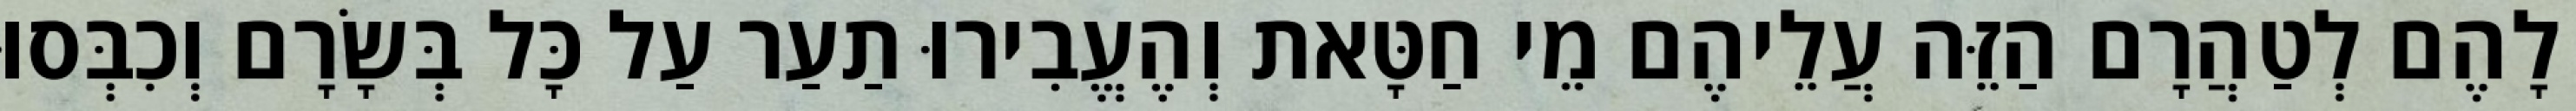
לָהֶם לְטַהֲרָם הַזֵּה עֲלֵיהֶם מֵי חַטָּאת וְהֶעֱבִירוּ תַעַר עַל כָּל בְּשָׂרָם וְכִבְּסוּ